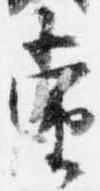
当